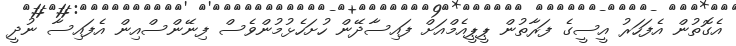
އެގޮތުން އެފަހަރު އީސީގެ ފަރާތުން ޕީޕީއެމްއަށް ފައިސާދޭން ހުށަހެޅުމުންވެސް ފިނޭންސްއިން އެފައިސާ ނުދީ